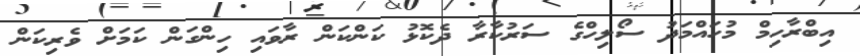
އިބްރާހިމް މުހައްމަދު ސޯލިހްގެ ސަރުކާރާ ދެކޮޅު ކަންކަން ރާވައި ހިންގަން ކަމަށް ވެރިކަން